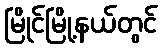
မြိုင်မြို့နယ်တွင်